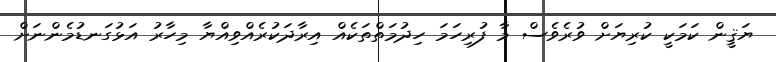
ޔަޤީން ކަމަކީ ކުރިޔަށް ވުރެވެސް މާ ފުރިހަމަ ހިދުމަތްތަކެއް އިރާދަކުރެއްވިއްޔާ މިހާރު އަޅުގަނޑުމެންނަށް